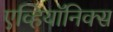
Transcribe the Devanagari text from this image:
एव्हियॉनिक्स